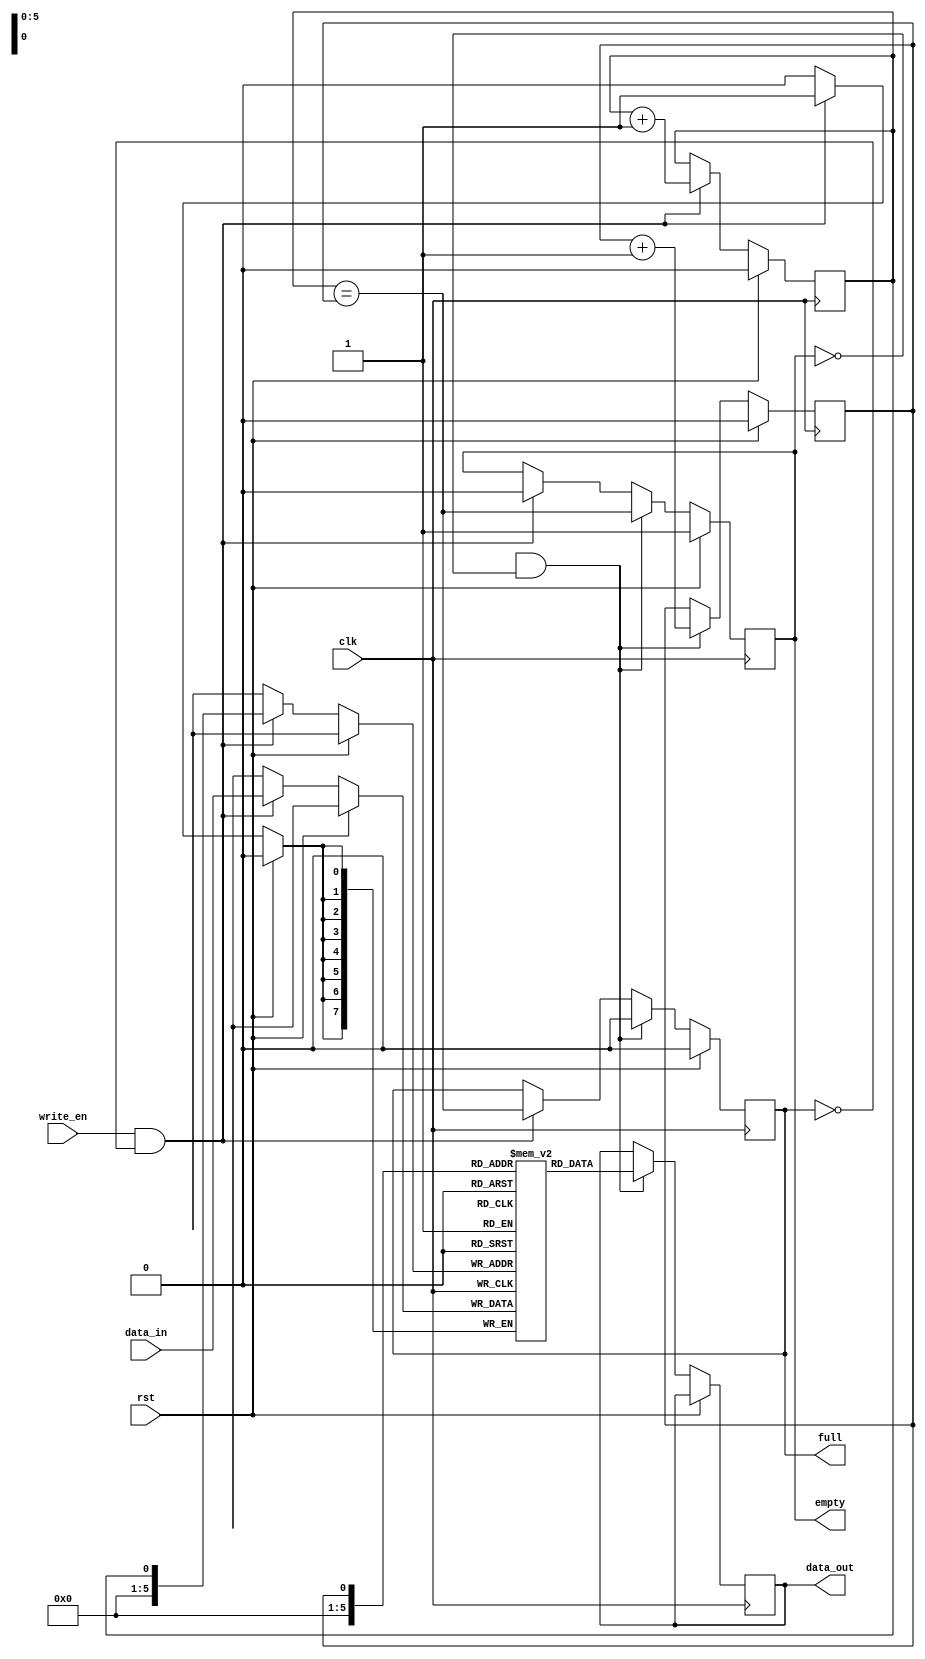
module edge_sensitive_fifo (
  input wire clk,
  input wire rst,
  input wire [DATA_WIDTH-1:0] data_in,
  input wire write_en,
  output reg [DATA_WIDTH-1:0] data_out,
  output reg empty,
  output reg full
);

parameter MEM_DEPTH = 64;
parameter DATA_WIDTH = 8;

reg [DATA_WIDTH-1:0] fifo_mem [MEM_DEPTH-1:0];
reg write_ptr = 0;
reg read_ptr = 0;

// Synchronization blocks
always @(posedge clk) begin
  if (rst) begin
    write_ptr <= 0;
    read_ptr <= 0;
    empty <= 1;
    full <= 0;
  end else begin
    if (write_en && !full) begin
      fifo_mem[write_ptr] <= data_in;
      write_ptr <= write_ptr + 1;
      full <= (write_ptr == read_ptr);
      empty <= 0;
    end
    if (read_en && !empty) begin
      data_out <= fifo_mem[read_ptr];
      read_ptr <= read_ptr + 1;
      empty <= (write_ptr == read_ptr);
      full <= 0;
    end
  end
end

endmodule